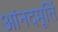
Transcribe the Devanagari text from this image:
आंनदमूर्ति